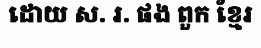
ដោយ ស. រ. ផង ពួក ខ្មែរ